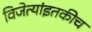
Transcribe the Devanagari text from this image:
विजेत्यांइतकीच